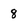
Character: 8